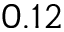
0 . 1 2